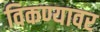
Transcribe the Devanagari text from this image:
विकण्यावर